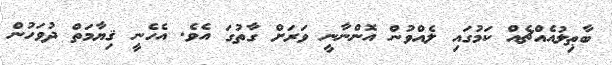
ބާޠިލުއެއްޗެއް ކަމުގައި ލެއްވުން އޮންނާނީ ވަރަށް ގާތުގަ އެވެ. އެހެނީ ޤިޔާމަތް ދުވަހުން